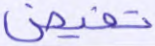
تفيض